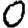
Digit: 0